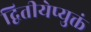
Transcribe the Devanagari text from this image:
द्वितीयेप्युक्तं